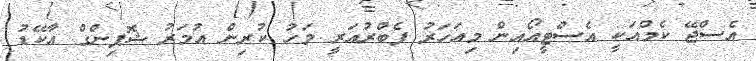
އެސްޖޭ ކެމްއަކީ އެސްޓީއޯއިން މިއަހަރު ފެބްރުއަރީ މަހު ކުރިން އުމަރު ޝޮޕިންގް އާކޭޑު